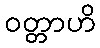
ဝတ္တာဟိ